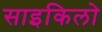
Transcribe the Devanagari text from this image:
साइकिलो